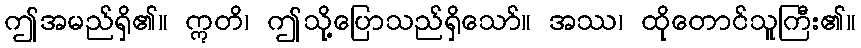
ဤအမည်ရှိ၏။ ဣတိ၊ ဤသို့ပြောသည်ရှိသော်။ အဿ၊ ထိုတောင်သူကြီး၏။